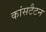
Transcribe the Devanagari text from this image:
कांसटैटन